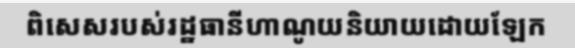
ពិសេសរបស់រដ្ឋធានីហាណូយនិយាយដោយឡែក